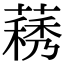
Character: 𦽧